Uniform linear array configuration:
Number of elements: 12
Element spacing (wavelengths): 0.25
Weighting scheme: exponential
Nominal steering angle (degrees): -60
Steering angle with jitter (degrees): -58.89
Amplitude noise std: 0.05
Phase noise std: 0.05

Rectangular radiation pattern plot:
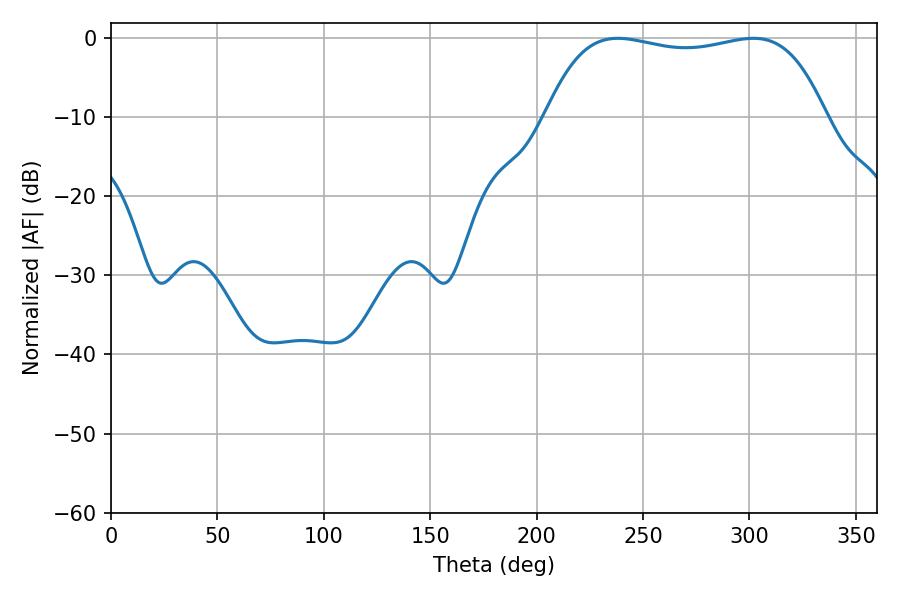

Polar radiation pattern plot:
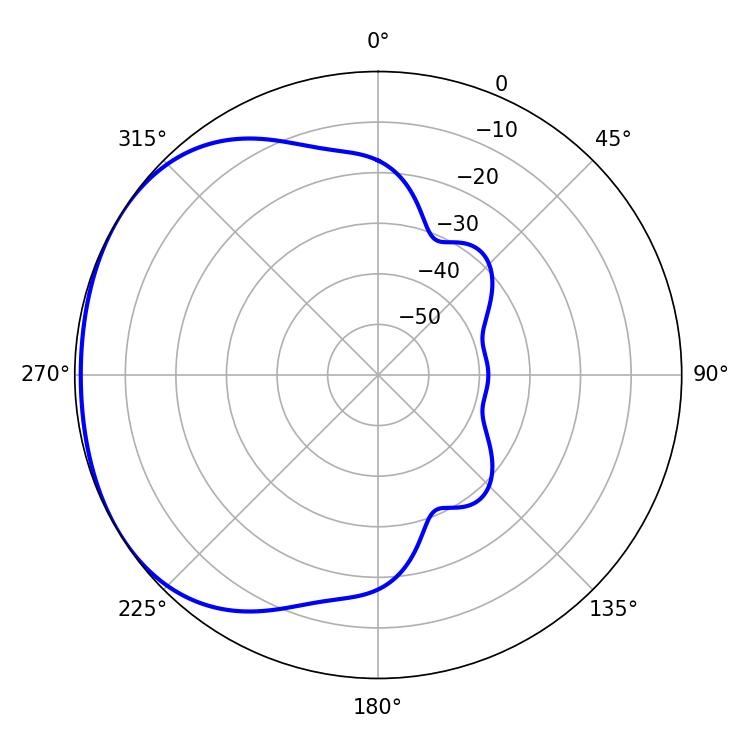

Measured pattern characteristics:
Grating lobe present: FALSE
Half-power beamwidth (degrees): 105.12
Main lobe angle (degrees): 238.14